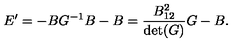
E ^ { \prime } = - B G ^ { - 1 } B - B = { \frac { B _ { 1 2 } ^ { 2 } } { \det ( G ) } } G - B .